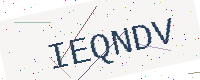
Text: IEQNDV